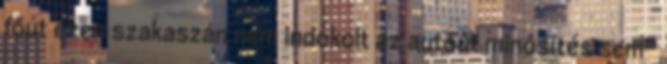
főút ezen szakaszán nem indokolt az autóút minősítés sem”